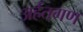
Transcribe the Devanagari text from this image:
अर्हतगण